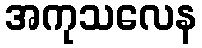
အကုသလေန